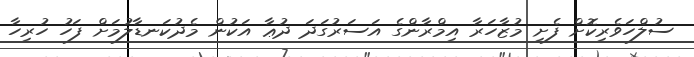
ސުލްހަވެރިކޮށް ފެށި މުޒާހަރާ އިމްރާންގެ އަސަރުގަދަ ދުޢާ އަކުން މެދުކަނޑާލުމަށް ފަހު ހުރިހާ